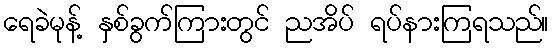
ရေခဲမုန့် နှစ်ခွက်ကြားတွင် ညအိပ် ရပ်နားကြရသည်။